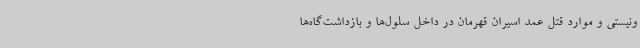
ونیستی و موارد قتل عمد اسیران قهرمان در داخل سلول‌ها و بازداشت‌گاه‌ها